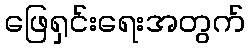
ဖြေရှင်းရေးအတွက်